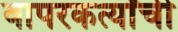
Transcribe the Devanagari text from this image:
वापरकर्त्यांची